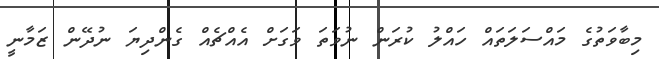
މިބާވަތުގެ މައްސަލަތައް ހައްލު ކުރަން ނުވަތަ ވަގަށް އެއްޗެއް ގެންދިޔަ ނުދޭން ޒަމާނީ